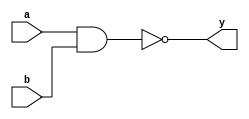
module nandgate(a,b,y);
input a,b;
output y;

assign y=~(a&b);
endmodule